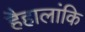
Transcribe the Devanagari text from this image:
हैहालांकि